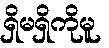
ရှိမရှိကိုမူ